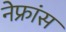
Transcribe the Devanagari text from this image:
नेफ्रांस